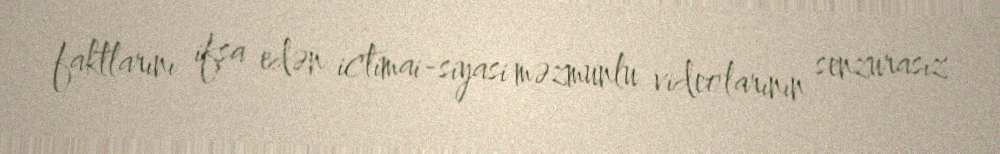
faktlarını ifşa edən ictimai-siyasi məzmunlu videolarının senzurasız